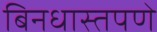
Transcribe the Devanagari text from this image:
बिनधास्तपणे